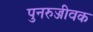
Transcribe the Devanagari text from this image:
पुनरुज्जीवक